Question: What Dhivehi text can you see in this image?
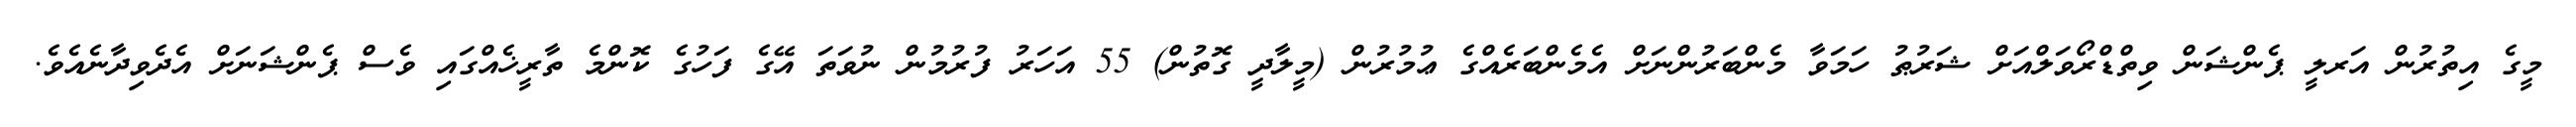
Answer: މީގެ އިތުރުން އަރލީ ޕެންޝަން ވިތްޑްރޯވަލްއަށް ޝަރުޠު ހަމަވާ މެންބަރުންނަށް އެމެންބަރެއްގެ ޢުމުރުން (މީލާދީ ގޮތުން) 55 އަހަރު ފުރުމުން ނުވަތަ އޭގެ ފަހުގެ ކޮންމެ ތާރީޚެއްގައި ވެސް ޕެންޝަނަށް އެދެވިދާނެއެވެ.